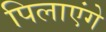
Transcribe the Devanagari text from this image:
पिलाएंगे